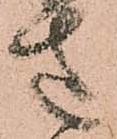
さ